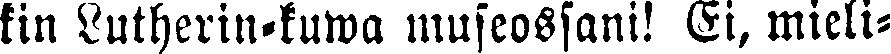
kin Lutherin-kuwa museossani! Ei, mieli-